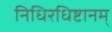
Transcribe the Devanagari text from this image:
निधिरधिष्टानम्